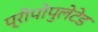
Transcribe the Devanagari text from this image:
प्रीपोपुलेटेड